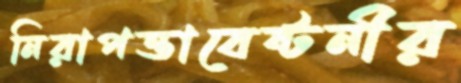
নিরাপত্তাবেষ্টনীর